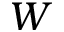
W